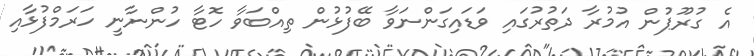
އެ ގުރޫޕުން އުމުރާ ދަތުރުގައި ވަަޑައިގަންނަވާ ބޭފުޅުން ތިއްބަވާ ހޮޓާ ހުންނާނީ ހަރަމްފުޅާއި